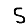
Digit: 5